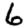
Digit: 6